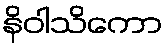
နိဝါသိကော